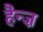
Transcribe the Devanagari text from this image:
हैन्ज़